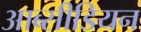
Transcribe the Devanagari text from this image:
आब्सीडियन